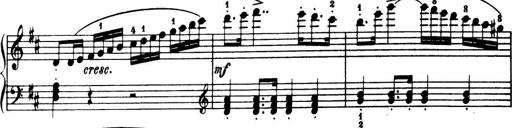
Title: 32 Sonatinas and Rondos for the Piano
Composer: Richard Kleinmichel